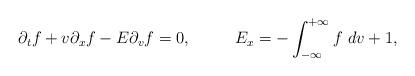
LaTeX: \begin{align*}\partial_{t}f+v\partial_{x}f-E\partial_{v}f=0,\ \ \ \ \ \ \ \ E_{x}=-\int_{-\infty}^{+\infty}f\ dv+1,\end{align*}